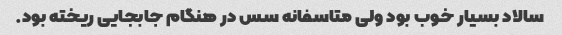
سالاد بسیار خوب بود ولی متاسفانه سس در هنگام جابجایی ریخته بود.